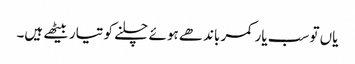
یاں تو سب یار کمر باندھے ہوئے چلنے کو تیار بیٹھے ہیں۔